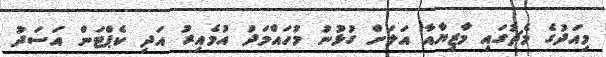
މިއަދުގެ މެޗުގައި މާޒިޔާއާ އަލަށް ގުޅުނު މުހައްމަދު އުމެއިރު އަދި ކެޕްޓަން އަސަދު